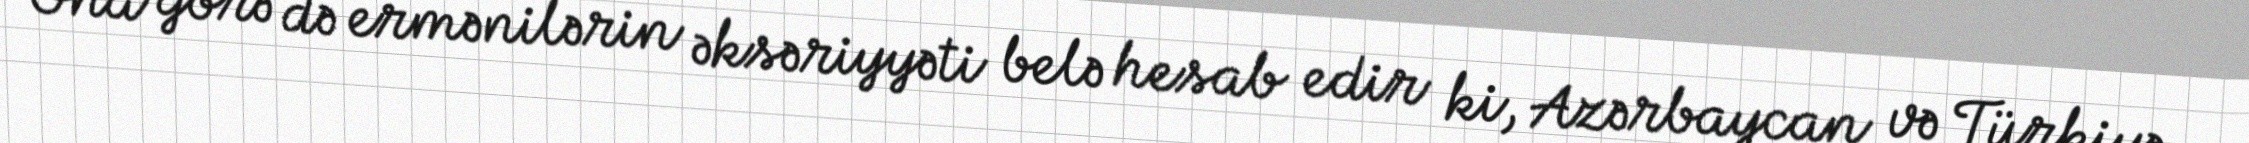
Ona görə də ermənilərin əksəriyyəti belə hesab edir ki, Azərbaycan və Türkiyə